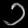
Digit: ၁